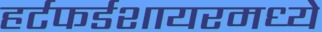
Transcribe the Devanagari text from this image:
हर्टफर्डशायरमध्ये